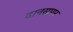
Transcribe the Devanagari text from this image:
दानसागर